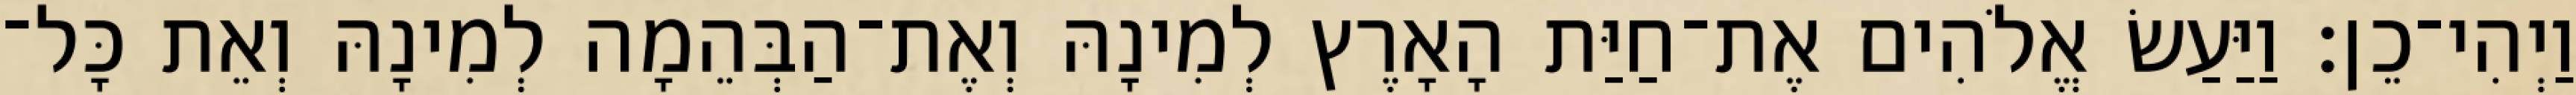
וַיְהִי־כֵן׃ וַיַּעַשׂ אֱלֹהִים אֶת־חַיַּת הָאָרֶץ לְמִינָהּ וְאֶת־הַבְּהֵמָה לְמִינָהּ וְאֵת כָּל־